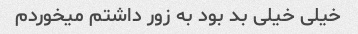
خیلی خیلی بد بود به زور داشتم میخوردم